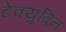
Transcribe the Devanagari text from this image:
टेक्युबिन